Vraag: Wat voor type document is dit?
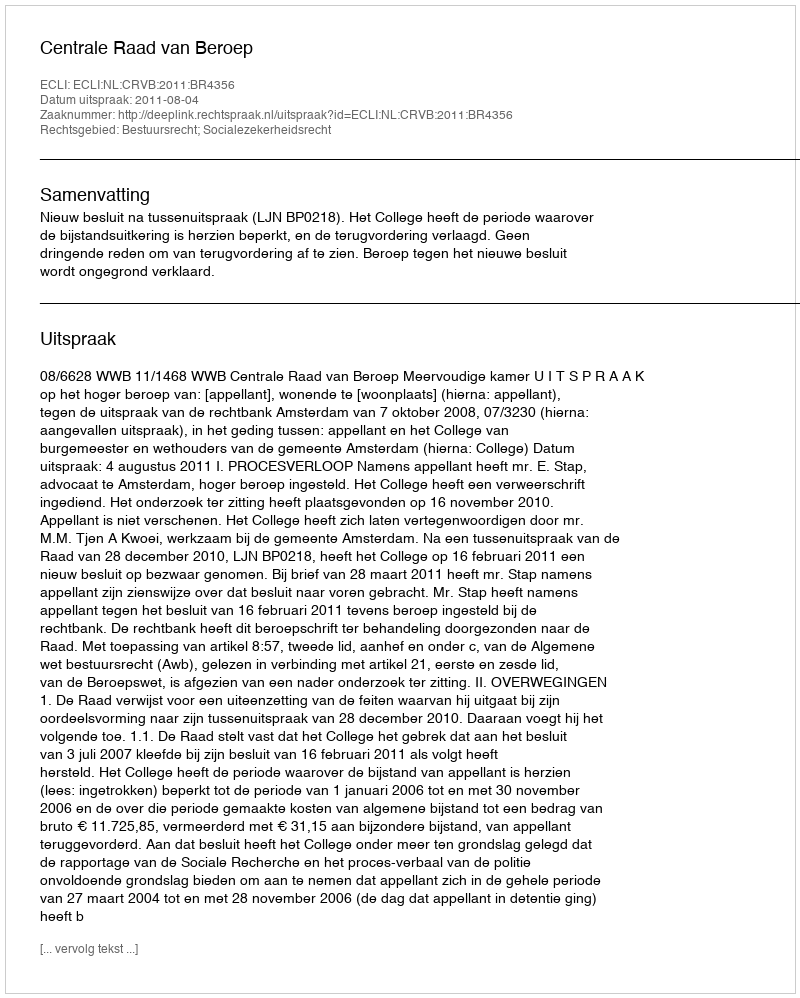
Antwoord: Uitspraak